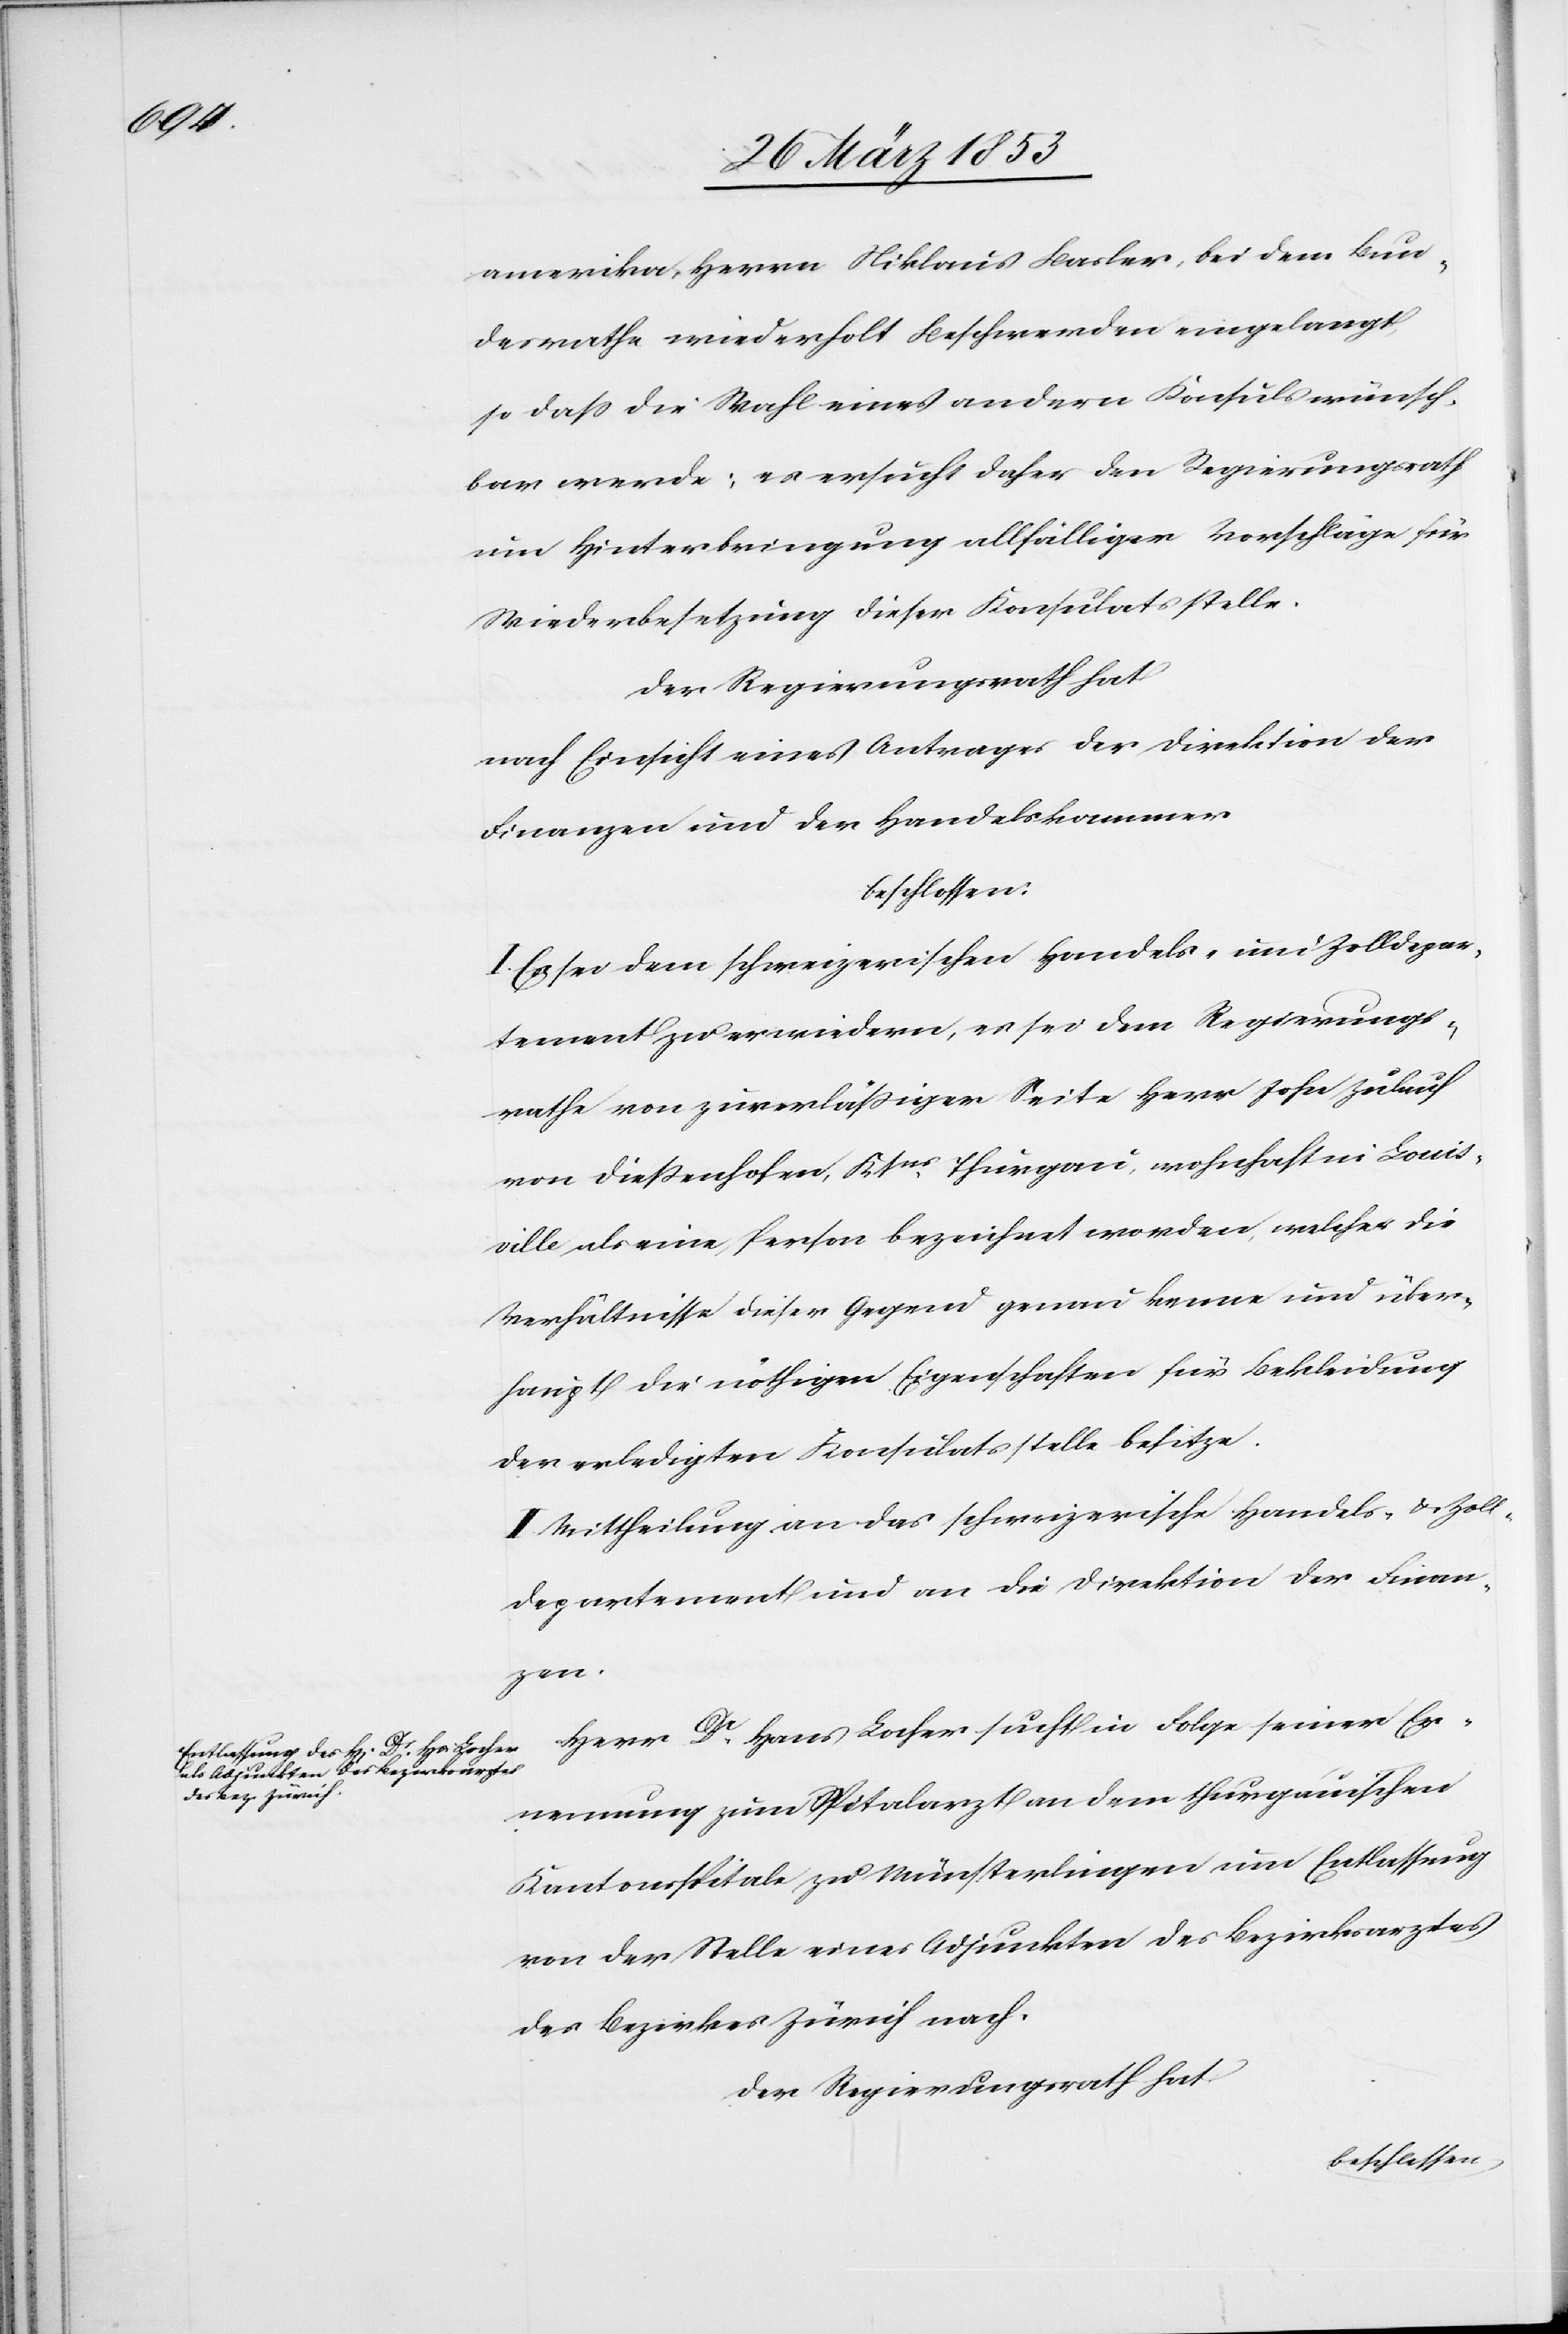
amerika, Herrn Niklaus Basler, bei dem Bun¬
desrathe wiederholt Beschwerden eingelangt,
so daß die Wahl eines andern Konsuls wünsch¬
bar werde; es ersucht daher der Regierungsrath
in Hinterbringung allfälliger Vorschläge für
Wiederbesetzung dieser Konsulatsstelle.
Der Regierungsrath hat
nach Einsicht eines Antrages der Direktion der
Finanzen und der Handelskammer
beschlossen:
I. Es sei dem schweizerischen Handels- und Zolldepar¬
tement zu erwiedern, es sei dem Regierungs¬
rathe von zuverläßiger Seite Herr John Zulauf
von Dießenhofen, Ktns Thurgau, wohnhaft in Louis¬
ville als eine Person bezeichnet worden, welcher die
Verhältnisse dieser Gegend genau kenne und über¬
haupt die nöthigen Eigenschaften für Bekleidung
der erledigten Konsulatsstelle besitze.
II. Mittheilung an das schweizerische Handels- u. Zoll¬
departement und an die Direktion der Finan¬
zen.
Herr Dr. Hans Locher sucht in Folge seiner Er¬
nennung zum Spitalarzt an dem thurgauischen
Kantonsspitale zu Münsterlingen um Entlassung
von der Stelle eines Adjunkten des Bezirksarztes
des Bezirkes Zürich nach.
Der Regierungsrath hat